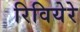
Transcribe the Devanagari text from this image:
रिवियेरे